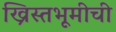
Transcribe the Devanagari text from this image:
ख्रिस्तभूमीची